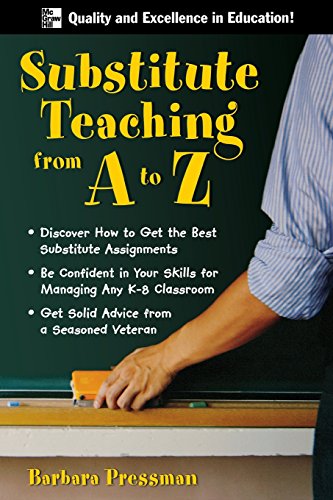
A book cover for Substitute Teaching from A to Z; Barbara Pressman; Medical Books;